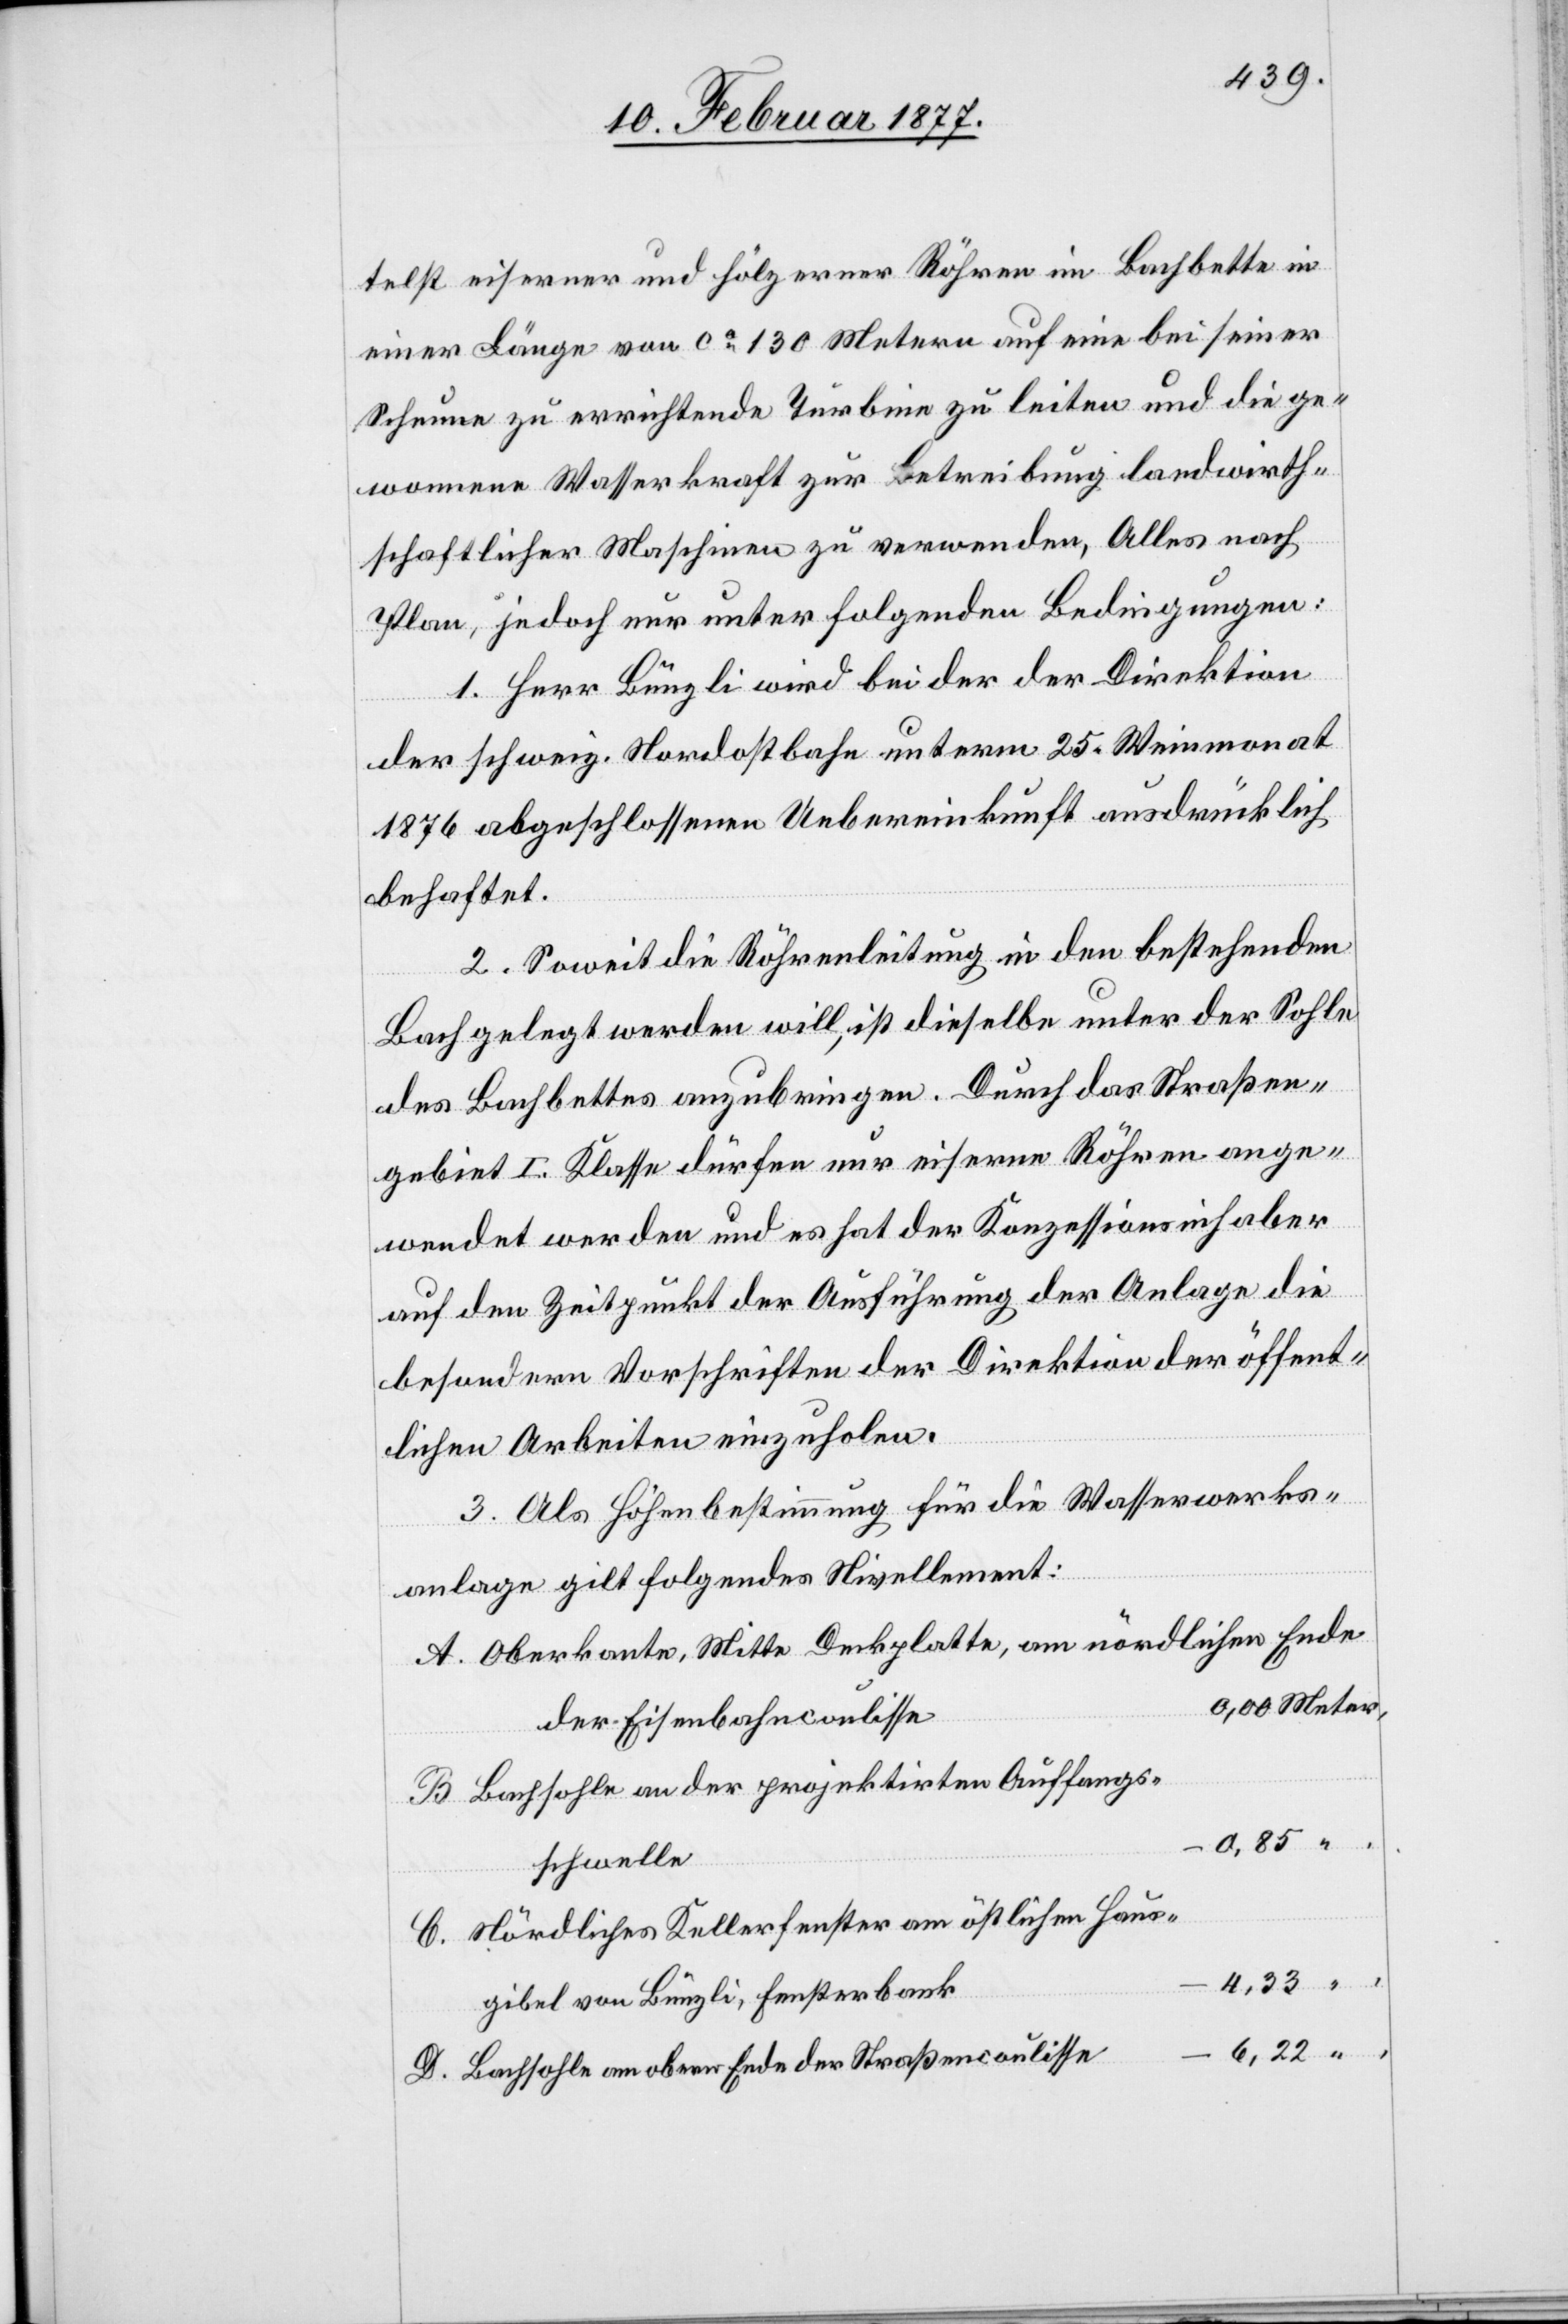
telst eiserner und hölzerner Röhren im Bachbette in
einer Länge von ca 130 Metern auf eine bei seiner
Scheune zu errichtende Turbine zu leiten und die ge¬
wonnene Wasserkraft zu Betreibung landwirth¬
schaftlicher Maschinen zu verwenden, Alles nach
Plan, jedoch unter folgenden Bedingungen:
1. Herr Bünzli wird bei der der Direktion
der schweiz. Nordostbahn unterm 25. Weinmonat
1876 abgeschlossenen Uebereinkunft ausdrücklich
behaftet.
2. Soweit die Röhrenleitung in den bestehenden
Bach gelegt werden will, ist dieselbe unter der Sohle
des Bachbettes anzubringen. Durch das Straßen¬
gebiet I. Klasse dürfen nur eiserne Röhren ange¬
wendet werden und es hat der Konzessionsinhaber
auf den Zeitpunkt der Ausführung der Anlage die
besondern Vorschriften der Direktion der öffent¬
lichen Arbeiten einzuholen.
3. Als Höhenbestimmung für die Wasserwerks¬
anlage gilt folgendes Nivellement:
Oberkante, Mitte Deckplatte, am nördlichen Ende
der Eisenbahncoulisse
Bachsohle an der projektirten Auffangs¬
0,00
schwelle
Nördliches Kellerfenster am östlichen Haus¬
4,33
giebel von Bünzli, Fensterbank
6,22
Bachsohle am obern Ende der Straßencoulisse